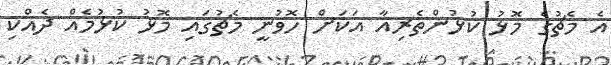
އެ މެޗުގެ މޮޅު ކުޅުންތެރިއާ އަކަށް ހޮވުނީ މެޗުގައި މޮޅު ކުޅުމެއް ދެއްކި